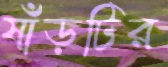
ষাঁড়টির